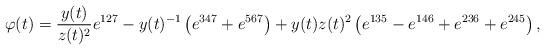
LaTeX: \begin{align*}\varphi(t)=\frac{y(t)}{z(t)^2}e^{127}-{y(t)^{-1}}\left(e^{347}+e^{567}\right)+y(t)z(t)^2\left(e^{135}-e^{146}+e^{236}+e^{245}\right),\end{align*}